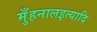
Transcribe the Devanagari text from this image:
मुँहनालइत्यादि